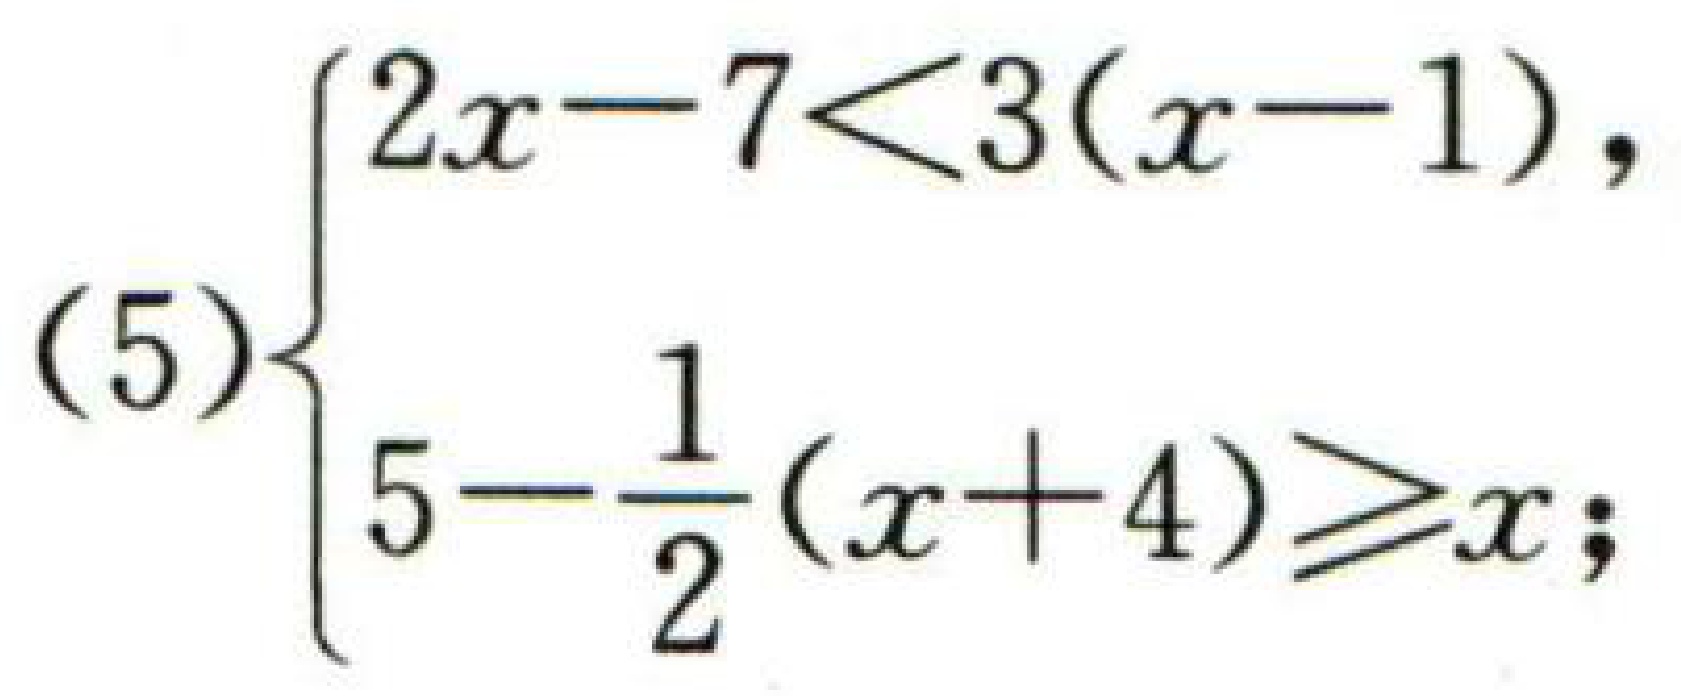
\[

(5)\left\{

\begin{array}{l}

2x - 7 < 3(x - 1),\\

5-\frac{1}{2}(x + 4)\geqslant x;

\end{array}

\right.

\]